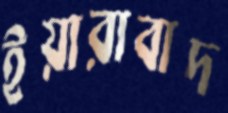
ইয়ারাবাদ